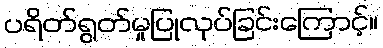
ပရိတ်ရွတ်မှုပြုလုပ်ခြင်းကြောင့်။